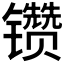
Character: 𰿆